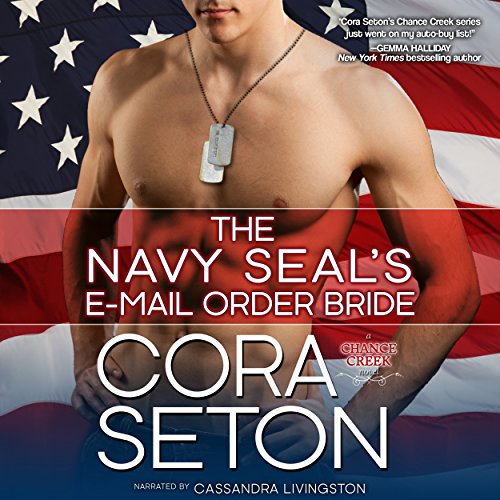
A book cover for The Navy SEAL's E-Mail Order Bride; Cora Seton; Romance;